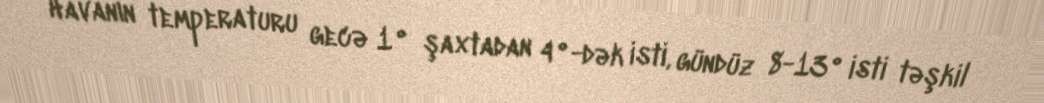
Havanın temperaturu gecə 1° şaxtadan 4°-dək isti, gündüz 8-13° isti təşkil